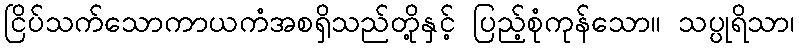
ငြိပ်သက်သောကာယကံအစရှိသည်တို့နှင့် ပြည့်စုံကုန်သော။ သပ္ပုရိသာ၊